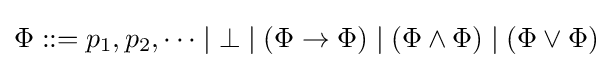
\Phi ::=p_{1},p_{2},\dots \mid \bot \mid (\Phi \to \Phi )\mid (\Phi \land \Phi )\mid (\Phi \lor \Phi )